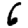
Digit: 6